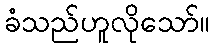
ခံသည်ဟူလိုသော်။